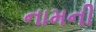
નામની